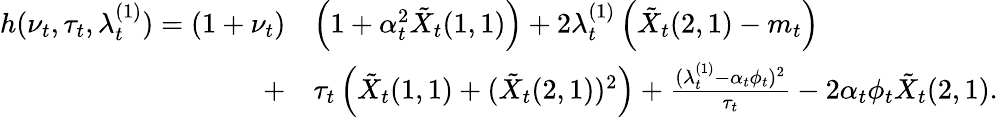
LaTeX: \begin{array}{rl}{h(\nu_{t},\tau_{t},\lambda_{t}^{(1)})=\left(1+\nu_{t}\right)}&{\left(1+\alpha_{t}^{2}\tilde{X}_{t}(1,1)\right)+2\lambda_{t}^{(1)}\left(\tilde{X}_{t}(2,1)-m_{t}\right)}\\ {+}&{\tau_{t}\left(\tilde{X}_{t}(1,1)+(\tilde{X}_{t}(2,1))^{2}\right)+\frac{(\lambda_{t}^{(1)}-\alpha_{t}\phi_{t})^{2}}{\tau_{t}}-2\alpha_{t}\phi_{t}\tilde{X}_{t}(2,1).}\end{array}